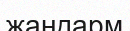
жандарм